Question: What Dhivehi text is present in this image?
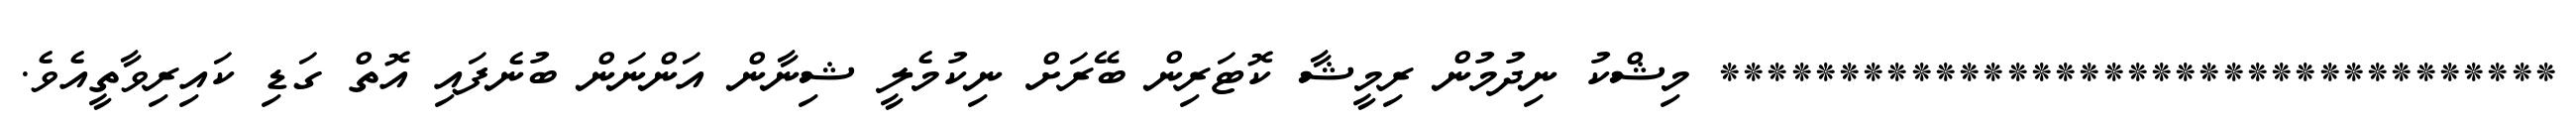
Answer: *********************************** މިޝްކު ނިދުމުން ރިމީޝާ ކޮޓަރިން ބޭރަށް ނިކުމެލީ ޝިނާން އަންނަން ބުނެފައި އޮތް ގަޑި ކައިރިވާތީއެވެ.